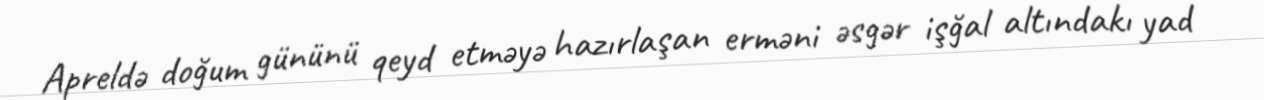
Apreldə doğum gününü qeyd etməyə hazırlaşan erməni əsgər işğal altındakı yad